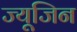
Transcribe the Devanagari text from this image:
ज्यूजिन